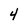
Character: 4